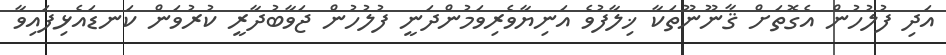
އަދި ފުލުހުން އެގޮތަށް ޤާނޫނޫތަކާ ޚިލާފުވެ އަނިޔާވެރިވަމުންދަނީ ފުލުހުން ޖަވާބުދާރީ ކުރުވަން ކަނޑައެޅިފައިވާ